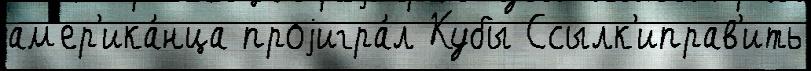
ам'ер'ика́нца проjигра́л Кубы Ссылк'иправ'ить